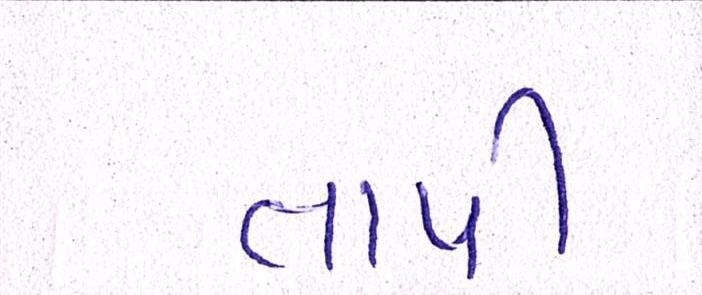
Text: તાપી